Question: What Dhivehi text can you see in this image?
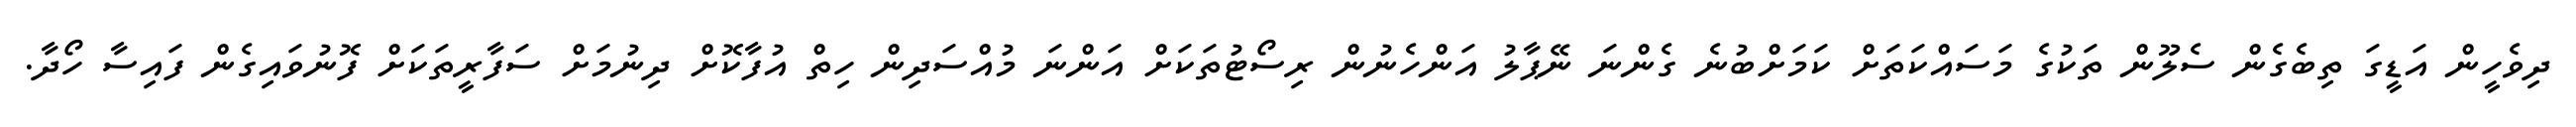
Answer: ދިވެހީން އަޑީގަ ތިބެގެން ސެލޫން ތަކުގެ މަސައްކަތަށް ކަމަށްބުނެ ގެންނަ ނޭޕާލު އަންހެނުން ރިސޯޓުތަކަށް އަންނަ މުއްސަދިން ހިތް އުފާކޮށް ދިނުމަށް ސަފާރީތަކަށް ފޮނުވައިގެން ފައިސާ ހޯދާ.